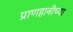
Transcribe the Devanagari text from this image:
प्राणहानीच्या